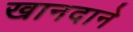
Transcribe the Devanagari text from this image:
खानदाने